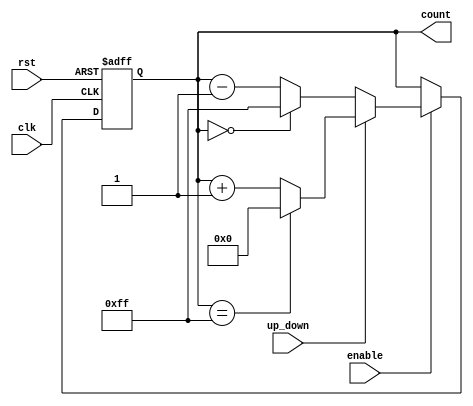
module UpDownCounter #(
    parameter WIDTH = 8 // Define the width of the counter
)(
    input wire clk,          // Clock signal
    input wire rst,          // Asynchronous reset
    input wire up_down,      // Up/Down control signal
    input wire enable,       // Enable signal
    output reg [WIDTH-1:0] count // Current count value
);

// Asynchronous reset
always @(posedge clk or posedge rst) begin
    if (rst) begin
        count <= 0; // Reset count to zero
    end else if (enable) begin
        if (up_down) begin
            // Increment count, wrap around on overflow
            count <= (count == {WIDTH{1'b1}}) ? 0 : count + 1;
        end else begin
            // Decrement count, wrap around on underflow
            count <= (count == 0) ? {WIDTH{1'b1}} : count - 1;
        end
    end
end

endmodule